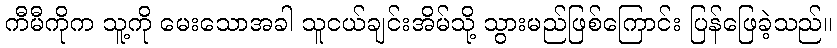
ကီမီကိုက သူ့ကို မေးသောအခါ သူငယ်ချင်းအိမ်သို့ သွားမည်ဖြစ်ကြောင်း ပြန်ဖြေခဲ့သည်။